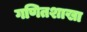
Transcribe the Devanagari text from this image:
गणितशाखा